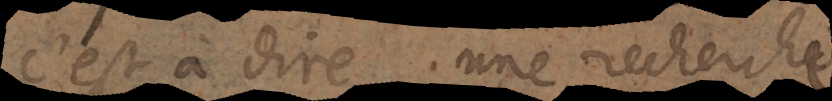
c’est à dire une recherche